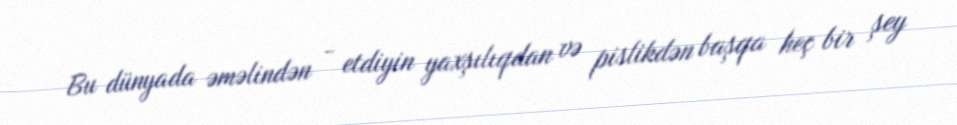
Bu dünyada əməlindən - etdiyin yaxşılıqdan və pislikdən başqa heç bir şey